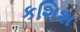
કશિશ